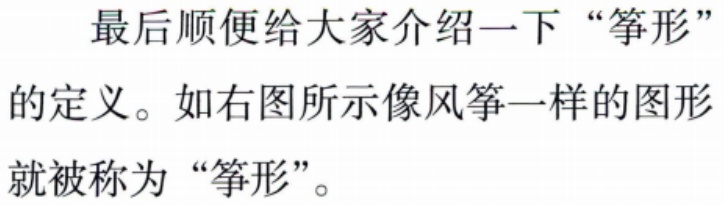
最后顺便给大家介绍一下 “筝形”
的定义。如右图所示像风筝一样的图形
就被称为 “筝形”。